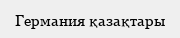
Германия қазақтары